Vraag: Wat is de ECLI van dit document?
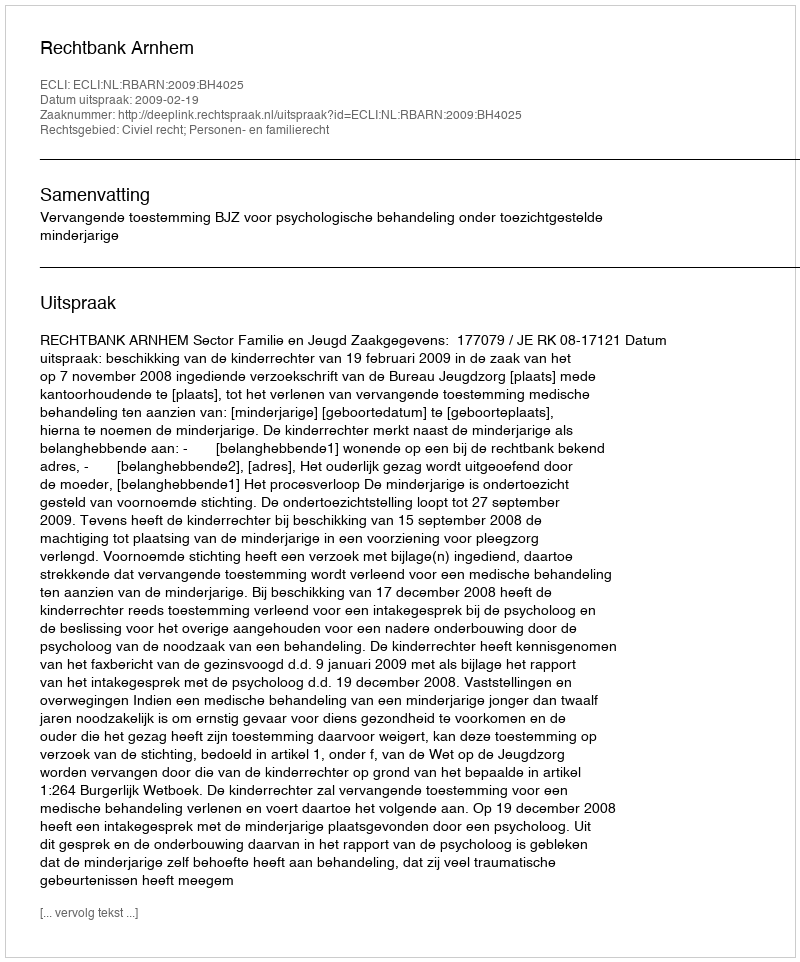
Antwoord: ECLI:NL:RBARN:2009:BH4025